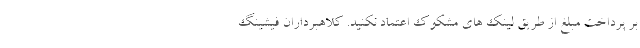
بر پرداخت مبلغ از طریق لینک های مشکوک اعتماد نکنید. کلاهبرداران فیشینگ